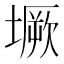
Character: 㙭